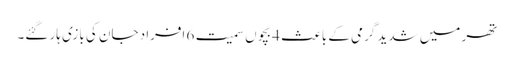
تھر میں شدید گرمی کے باعث 4 بچوں سمیت 6 افراد جان کی بازی ہار گئے۔